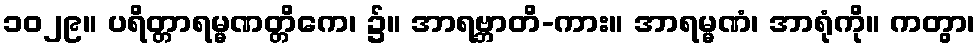
၁၀၂၉။ ပရိတ္တာရမ္မဏတ္တိကေ၊ ၌။ အာရဗ္ဘာတိ-ကား။ အာရမ္မဏံ၊ အာရုံကို။ ကတွာ၊